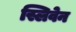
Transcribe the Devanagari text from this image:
स्लिवेन